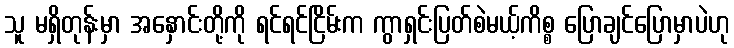
သူ မရှိတုန်းမှာ အနှောင်းတို့ကို ရင်ရင်ငြိမ်းက ကွာရှင်းပြတ်စဲမယ့်ကိစ္စ ပြောချင်ပြောမှာပဲဟု